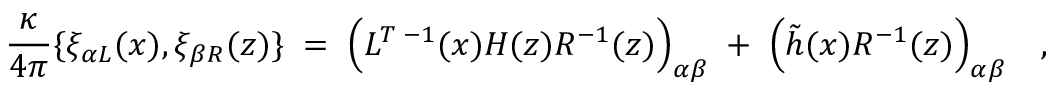
{ \frac { \kappa } { 4 \pi } } \{ \xi _ { \alpha L } ( x ) , \xi _ { \beta R } ( z ) \} \; = \; \Bigl ( L ^ { T \; - 1 } ( x ) H ( z ) R ^ { - 1 } ( z ) \Bigr ) _ { \alpha \beta } \; + \; \Bigl ( \tilde { h } ( x ) R ^ { - 1 } ( z ) \Bigr ) _ { \alpha \beta } \quad ,